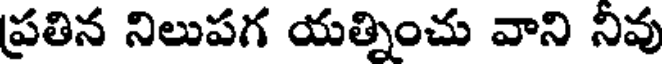
ప్రతిన నిలుపగ యత్నించు వాని నివు